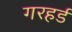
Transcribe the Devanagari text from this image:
गरहर्ड